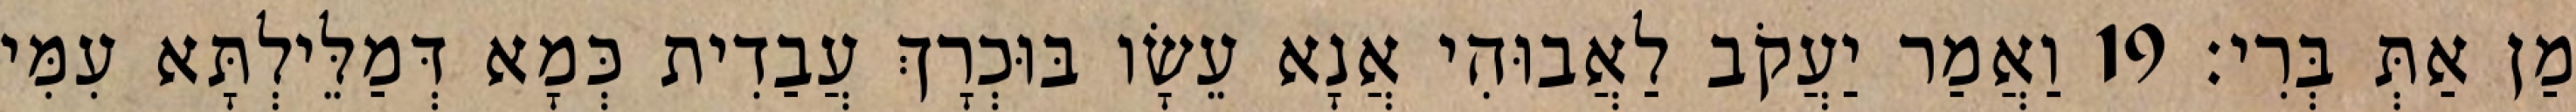
מַן אַתְּ בְּרִי׃ 19 וַאֲמַר יַעֲקֹב לַאֲבוּהִי אֲנָא עֵשָׂו בּוּכְרָךְ עֲבַדִית כְּמָא דְּמַלֵּילְתָּא עִמִּי